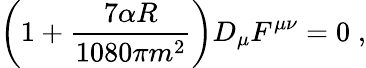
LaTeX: \left(1+\frac{7\alpha R}{1080\pi m^{2}}\right)D_{\mu}F^{\mu\nu}=0\; ,